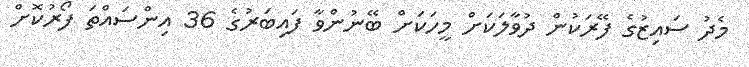
މެދު ސައިޒުގެ ފޭރަކުން ދުވާލަކަށް މީހަކަށް ބޭނުންވާ ފައިބަރުގެ 36 އިންސައްތަ ފޯރުކޮށް